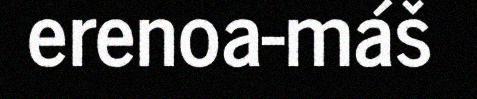
erenoa-máš